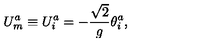
U _ { m } ^ { a } \equiv U _ { i } ^ { a } = - { \frac { \sqrt { 2 } } { g } } \theta _ { i } ^ { a } ,